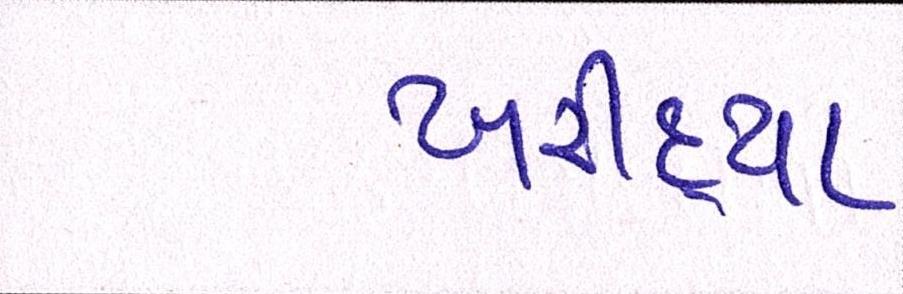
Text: ખરીદ્યા